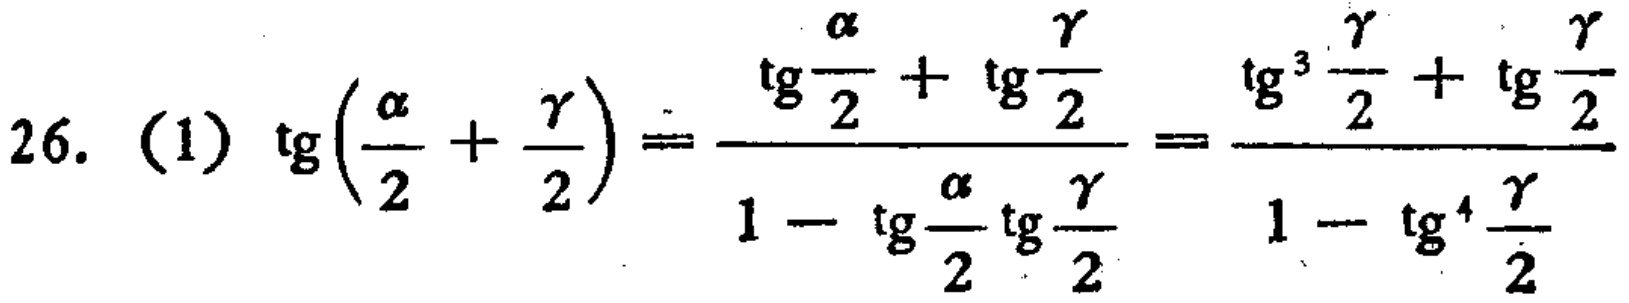
\[26.\ (1)\ \mathrm{tg}\left(\frac{\alpha}{2}+\frac{\gamma}{2}\right)=\frac{\mathrm{tg}\frac{\alpha}{2}+\mathrm{tg}\frac{\gamma}{2}}{1 - \mathrm{tg}\frac{\alpha}{2}\mathrm{tg}\frac{\gamma}{2}}=\frac{\mathrm{tg}^{3}\frac{\gamma}{2}+\mathrm{tg}\frac{\gamma}{2}}{1-\mathrm{tg}^{4}\frac{\gamma}{2}}\]